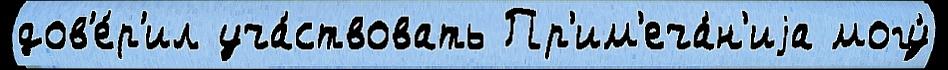
дов'е́р'ил уча́ствовать Пр'им'еча́н'иjа могу́